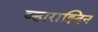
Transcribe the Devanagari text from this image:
व्हाराझ्दिन